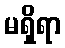
မရှိရာ